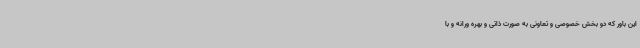
این باور که دو بخش خصوصی و تعاونی به صورت ذاتی و بهره ورانه و با